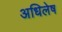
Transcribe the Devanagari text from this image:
अधिलेष